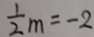
\frac { 1 } { 2 } m = - 2